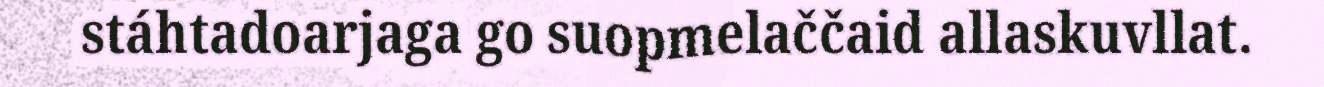
stáhtadoarjaga go suopmelaččaid allaskuvllat.